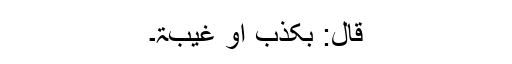
قال: بکذب أو غیبۃ۔